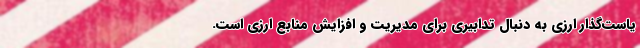
یاست‌گذار ارزی به دنبال تدابیری برای مدیریت و افزایش منابع ارزی است.